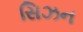
સિઝન